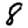
Digit: 8